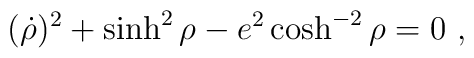
(\dot \rho)^2 + \sinh^2 \rho - e^2 \cosh^{-2} \rho = 0\ ,